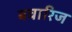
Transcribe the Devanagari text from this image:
बवारिज